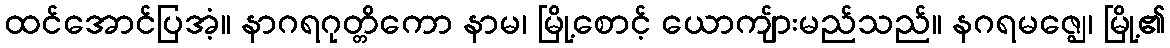
ထင်အောင်ပြအံ့။ နာဂရဂုတ္တိကော နာမ၊ မြို့စောင့် ယောကျ်ားမည်သည်။ နဂရမဇ္ဈေ၊ မြို့၏